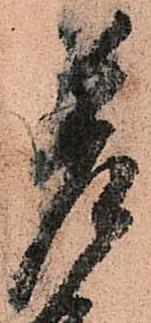
差